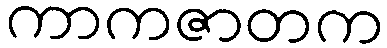
ကာကဇာတက